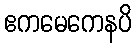
ဧကမေကေနပိ